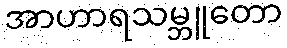
အာဟာရသမ္ဘူတော